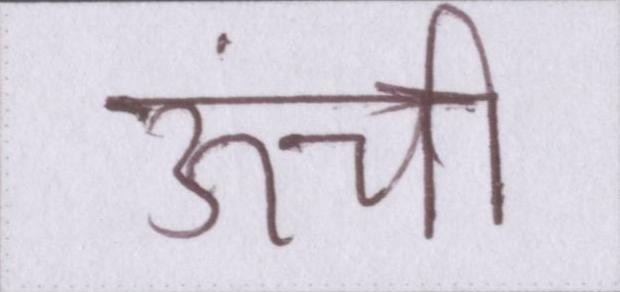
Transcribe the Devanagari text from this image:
ऊंची